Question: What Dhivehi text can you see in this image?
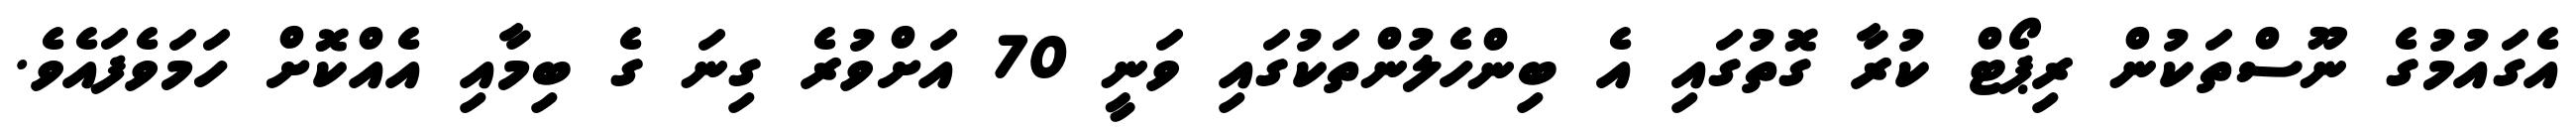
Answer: އެގައުމުގެ ނޫސްތަކުން ރިޕޯޓް ކުރާ ގޮތުގައި އެ ބިންހެލުންތަކުގައި ވަނީ 70 އަށްވުރެ ގިނަ ގެ ބިމާއި އެއްކޮށް ހަމަވެފައެވެ.